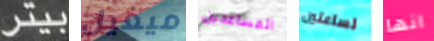
بيتر ميغيل المساعدين لساعتين انها